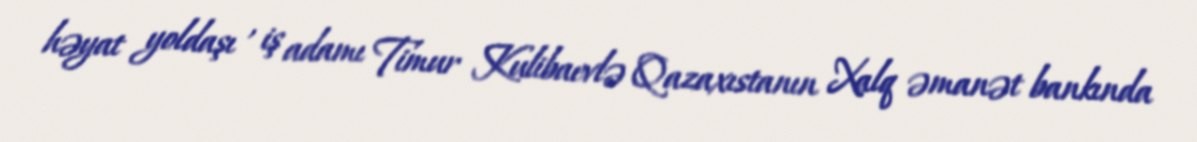
həyat yoldaşı , iş adamı Timur Kulibaevlə Qazaxıstanın Xalq əmanət bankında